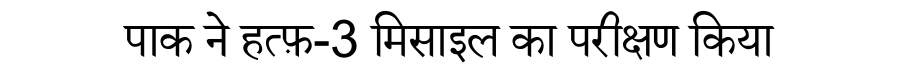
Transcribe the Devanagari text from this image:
पाक ने हत्फ़-3 मिसाइल का परीक्षण किया